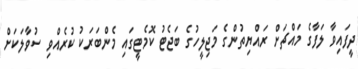
ދީފައިވާ ލަފާގެ މައްޗަށް ރައްޔިތުންގެ މަޖިލީހުގެ ބަޖެޓު ކޮމެޓީގައި މެންބަރަކު ކުރެއްވި ސުވާލަކަށް